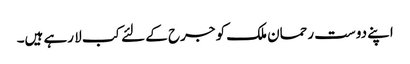
اپنے دوست رحمان ملک کو جرح کے لئے کب لا رہے ہیں۔